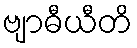
ဗျာဓီယီတိ